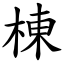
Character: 棟